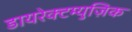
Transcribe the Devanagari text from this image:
डायरेक्टम्युज़िक